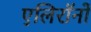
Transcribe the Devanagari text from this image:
एलिरॉनों